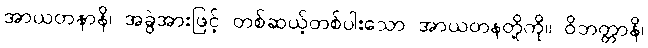
အာယတနာနိ၊ အခွဲအားဖြင့် တစ်ဆယ့်တစ်ပါးသော အာယတနတို့ကို။ ဝိဘတ္တာနိ၊